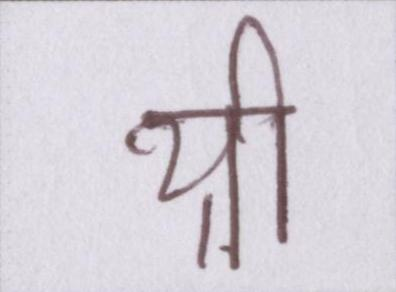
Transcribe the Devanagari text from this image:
थ्री